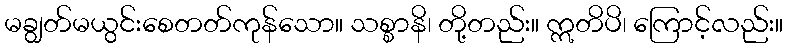
မချွတ်မယွင်းစေတတ်ကုန်သော။ သစ္စာနိ၊ တို့တည်း။ ဣတိပိ၊ ကြောင့်လည်း။